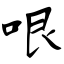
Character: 哏